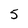
Character: 5